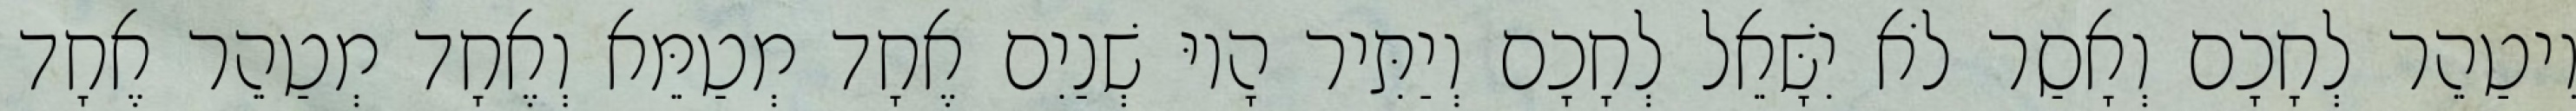
וִיטַהֵר לְחָכָם וְאָסַר לֹא יִשָּׁאֵל לְחָכָם וְיַתִּיר הָיוּ שְׁנַיִם אֶחָד מְטַמֵּא וְאֶחָד מְטַהֵר אֶחָד